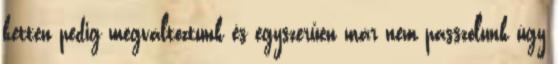
ketten pedig megváltoztunk és egyszerűen már nem passzolunk úgy